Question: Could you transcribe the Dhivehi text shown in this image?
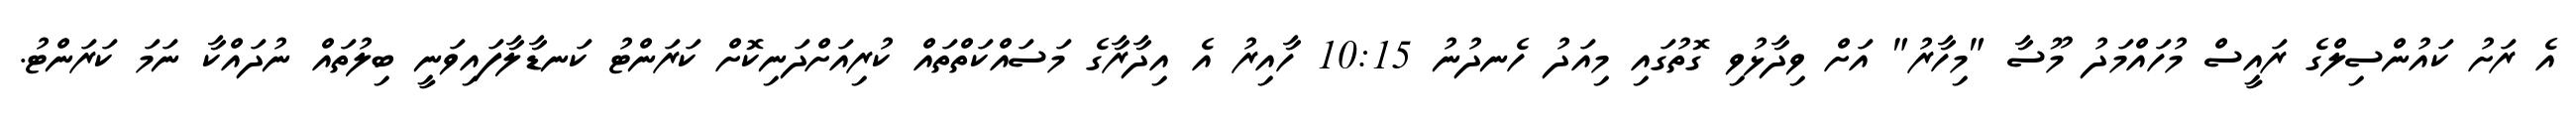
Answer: އެ ރަށު ކައުންސިލްގެ ރައީސް މުހައްމަދު މޫސާ "މިހާރު" އަށް ވިދާޅުވި ގޮތުގައި މިއަދު ހެނދުނު 10:15 ހާއިރު އެ އިދާރާގެ މަސައްކަތްތައް ކުރިއަށްދަނިކޮށް ކަރަންޓު ކަނޑާލާފައިވަނީ ބިލުތައް ނުދައްކާ ނަމަ ކަރަންޓު.